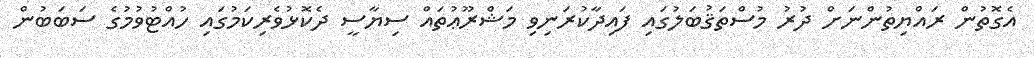
އެގޮތުން ރައްޔިތުންނަށް ދުރު މުސްތަޤުބަލުގައި ފައިދާކުރަނިވި މަޝްރޫޢުތައް ސިޔާސީ ދެކޮޅުވެރިކަމުގައި ހުއްޓުވުމުގެ ސަބަބުން